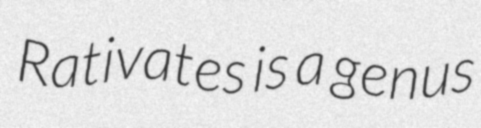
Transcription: Rativates is a genus